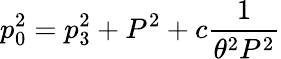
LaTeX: p_{0}^{2}=p_{3}^{2}+P^{2}+c{\frac{1}{\theta^{2}P^{2}}}